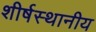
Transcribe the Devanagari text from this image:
शीर्षस्थानीय